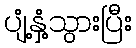
ပျံ့နှံ့သွားပြီး